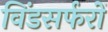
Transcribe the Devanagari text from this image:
विंडसर्फरों